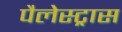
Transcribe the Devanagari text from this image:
पैलेस्ट्रास